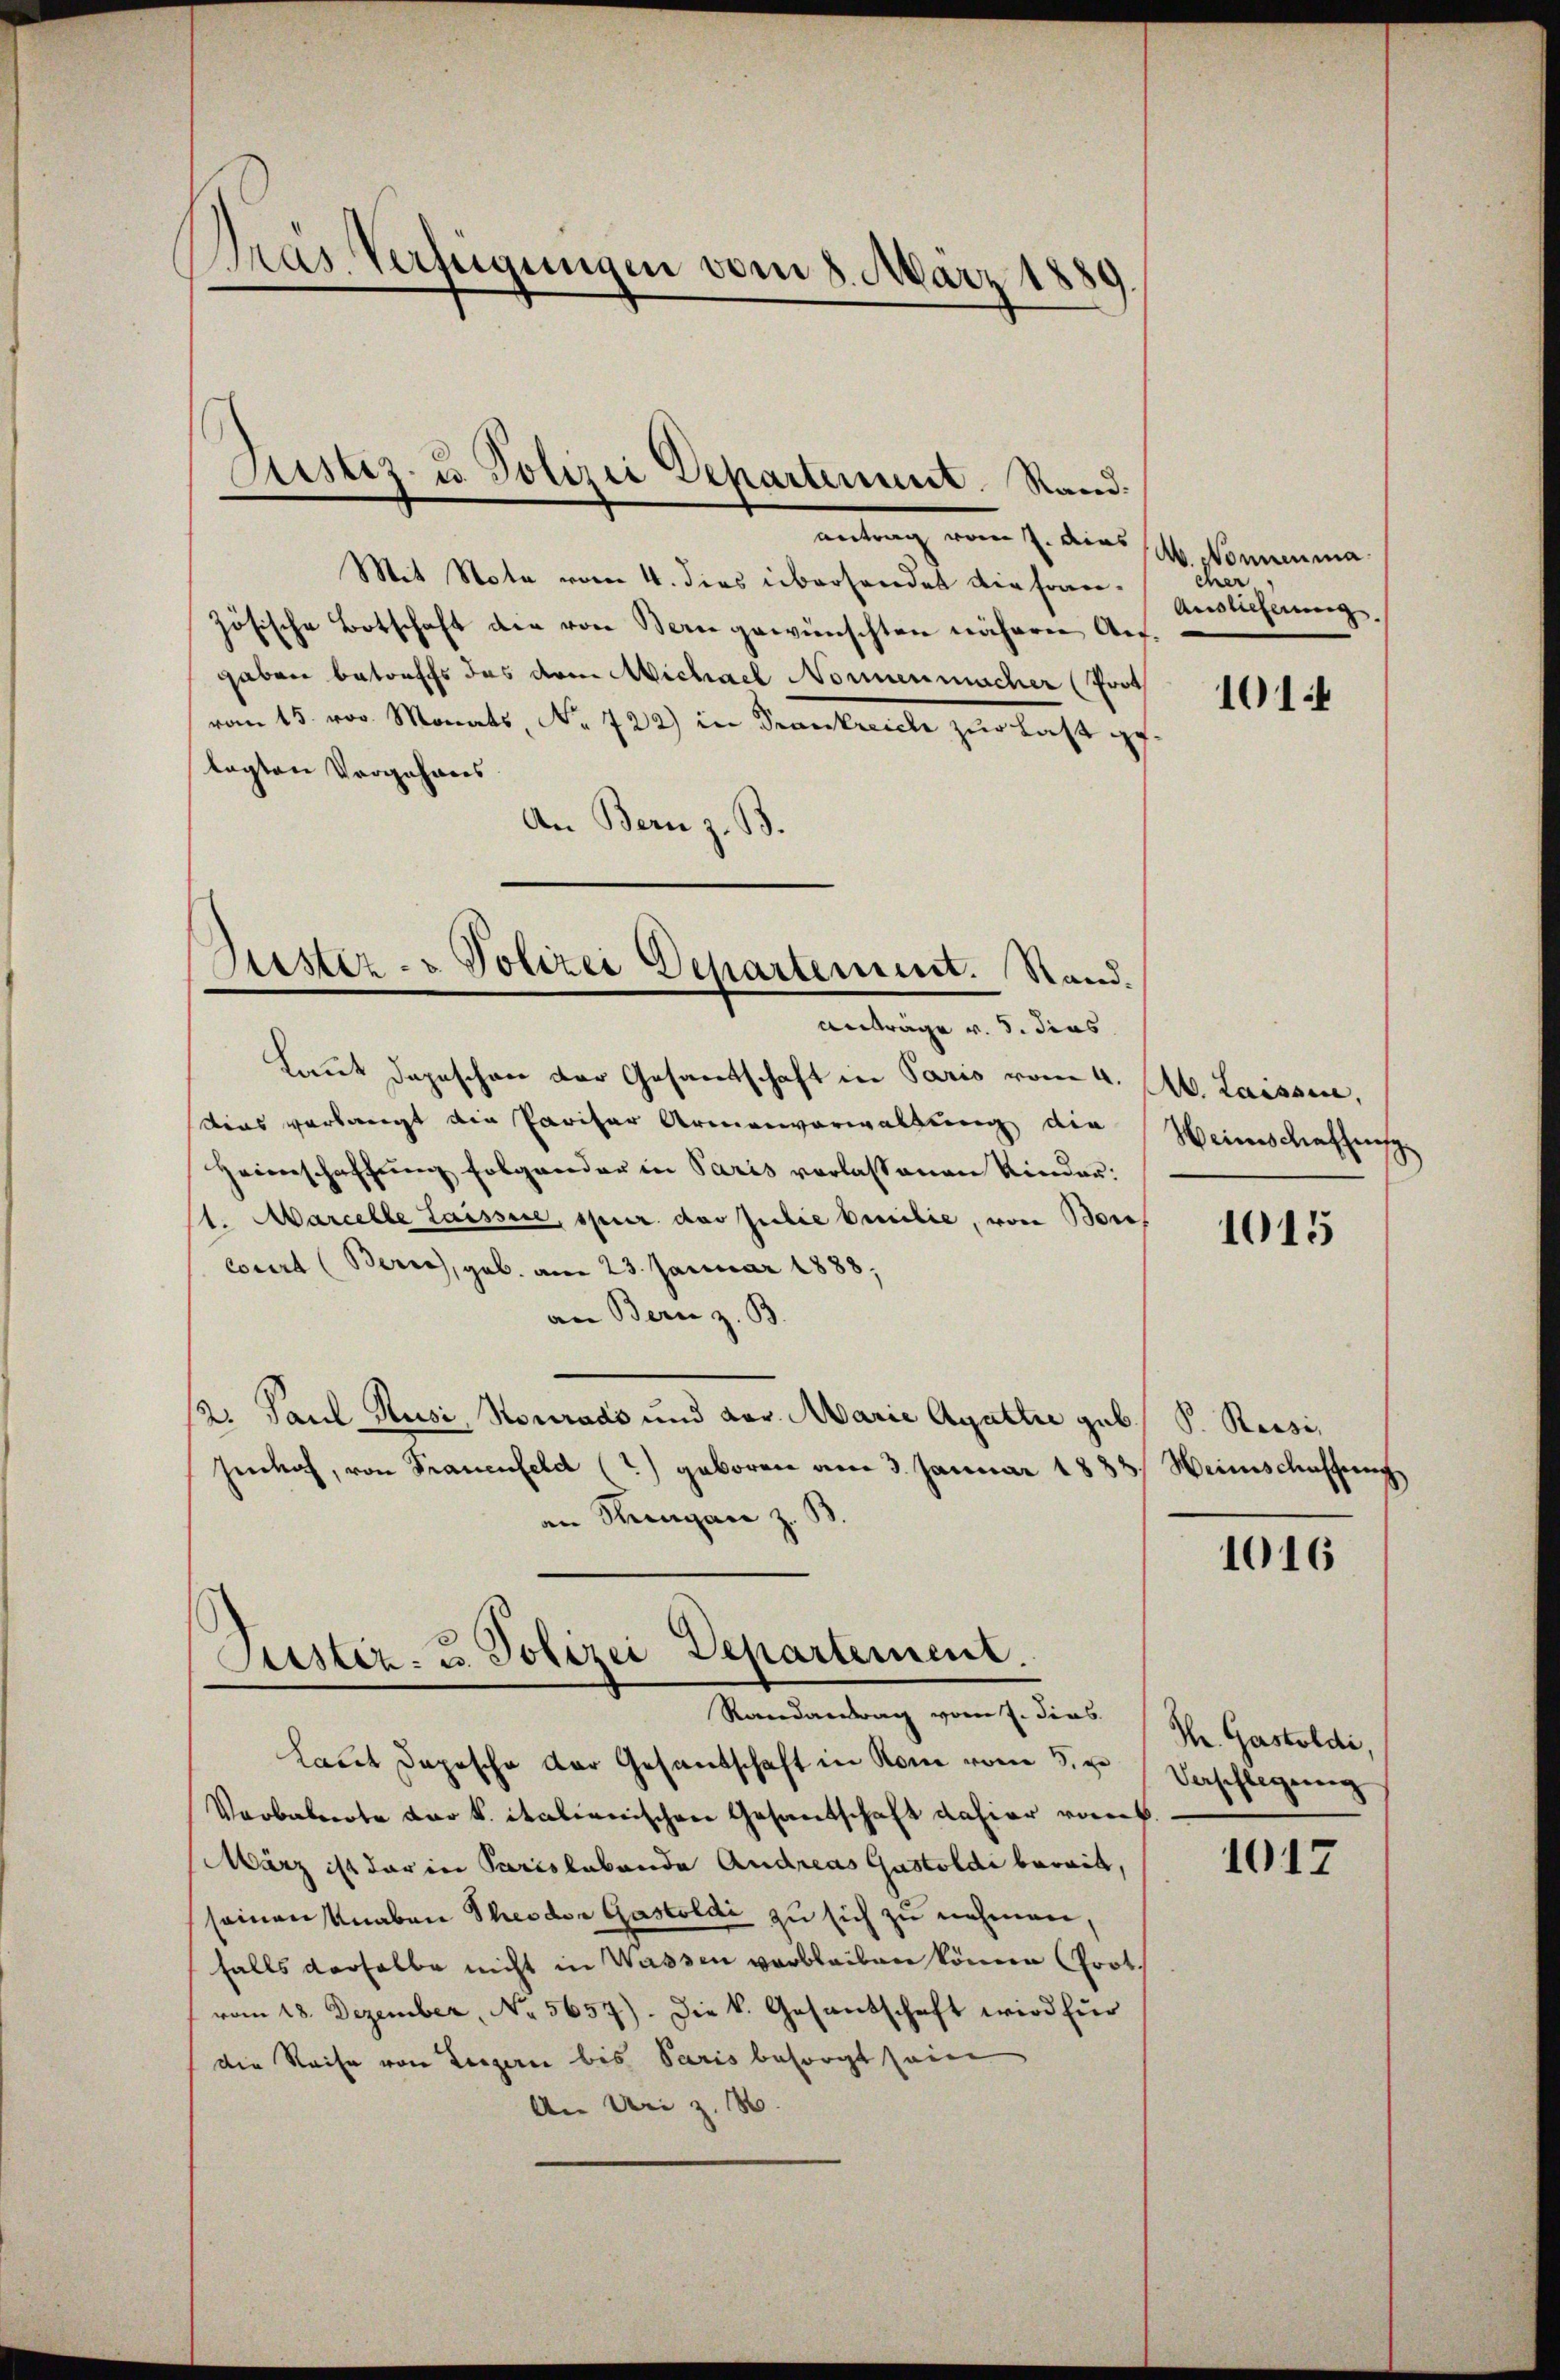
Pras Verfügungen vom 8. März 1880
d

Sistiz- u. Polizei Departement. Stand.

antrag vom 7. dies
Mit Note vom 4. dies übersendet die französische Botschaft die von Stern gewünschten näheren Ausgaben betreffs das dem Michael Nonnenmacher (Prot
vom 15. vor. Monats, No 722) in Krankreich zur Last ge
tagten Vorgehens
An Bern z. B.
Laut Depeschen der Gesandtschaft in Paris vom 4.
dius verlangt die Pariser Armenverwaltung die
Heimschaffung folgender in Paris verlassenen Kinder:
1. Marcelle Laissere, spur das Julie beilie, von Bor
court (Berne, geb. am 23. Januar 1888,
an Bern z. B.
B: Paul Kusi, Sourads und vor. Marie Agathie geb. S. Reisi,
henhof, von Frauenfeld (2) geboren am 3. Januar 1833. Weinschaffung,
an Rungan z. B.

Gester - Polizei Departement. Stand.
Anträge v. 5. dies

Stistiz- u. Polizei Departement.
Randantrag vom 7. dies (St. Gastoldi,

Ab. Nonnenma
cher
Auslicherung

Laut Depesche der Gesandschaft in Rom vom 5. u
Verbalprote der k. italienischen Gesandschaft dahier von
März ist darin Parislebende Andreas Gastoldi bereit,
seinen Knaben Theodor Gastoldi zu sich zu nehmen,
falls derselbe nicht in Wassen verbleiben könne (Prot.
vom 18. Dezember, No. 5657). Die k. Gesandschaft wird für
die Reise von Luzern bis Paris besorgt sein
An Uri z. B.

1014

A. Laisse,
Weinschaffung

1015

1016

Verschlegeng

1017